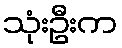
သုံးဦးက